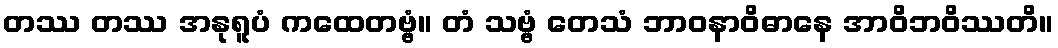
တဿ တဿ အနုရူပံ ကထေတဗ္ဗံ။ တံ သဗ္ဗံ တေသံ ဘာဝနာဝိဓာနေ အာဝိဘဝိဿတိ။